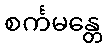
စင်္ကမန္တေ